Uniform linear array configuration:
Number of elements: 8
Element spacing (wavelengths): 0.25
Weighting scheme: exponential
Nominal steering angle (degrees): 45
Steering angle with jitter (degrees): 43.648
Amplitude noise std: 0.05
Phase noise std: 0.05

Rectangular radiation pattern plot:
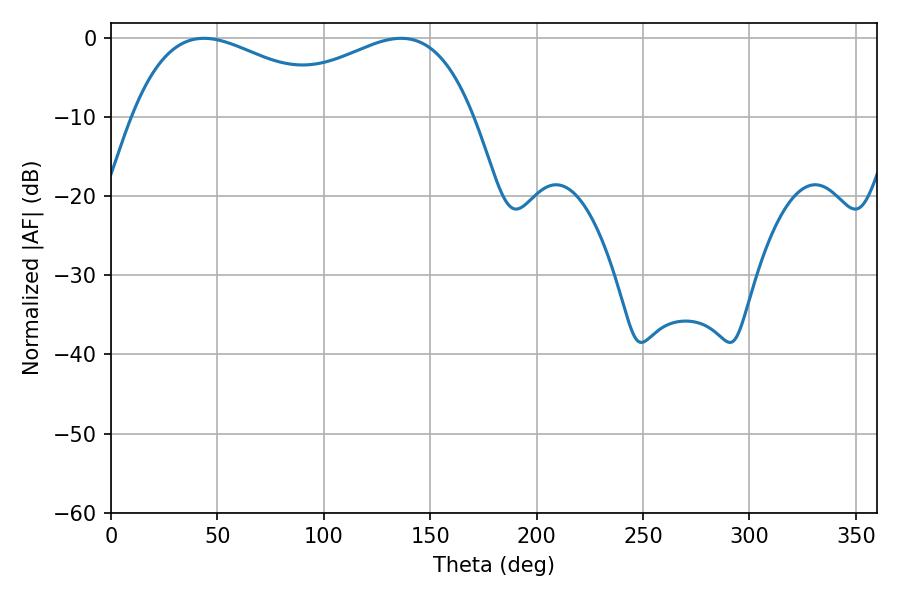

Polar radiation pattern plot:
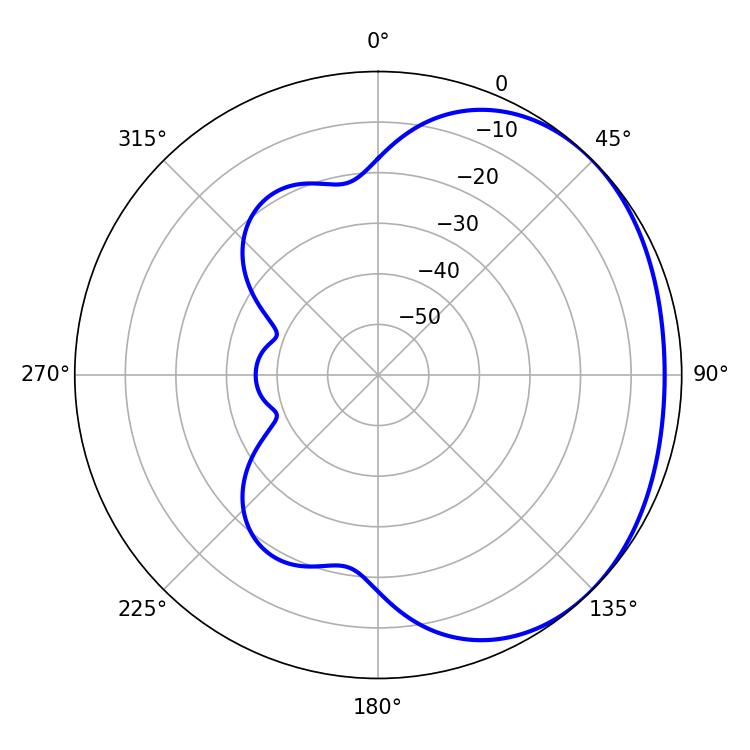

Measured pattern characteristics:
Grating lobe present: FALSE
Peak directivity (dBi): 1.743
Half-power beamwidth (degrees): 55.98
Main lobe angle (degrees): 43.74